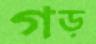
গড়